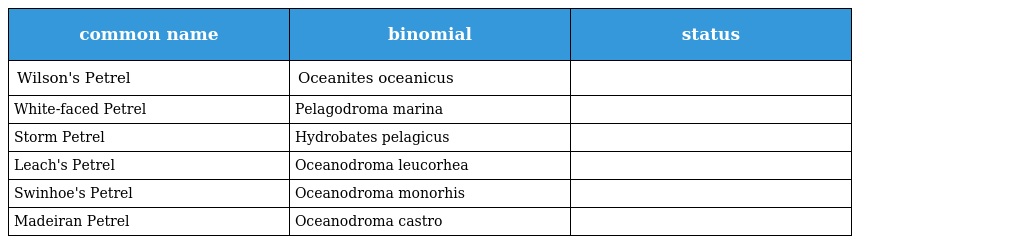
| common name | binomial | status |
 | --- | --- | --- |
 | Wilson's Petrel | Oceanites oceanicus |  |
 | White-faced Petrel | Pelagodroma marina |  |
 | Storm Petrel | Hydrobates pelagicus |  |
 | Leach's Petrel | Oceanodroma leucorhea |  |
 | Swinhoe's Petrel | Oceanodroma monorhis |  |
 | Madeiran Petrel | Oceanodroma castro |  |